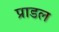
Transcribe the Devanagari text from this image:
प्राडल